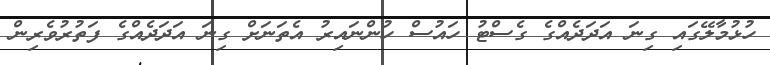
ހުޅުމާލޭގައި ގިނަ އަދަދެއްގެ ގެސްޓު ހައުސް ހުންނައިރު އެތަނަށް ގިނަ އަދަދެއްގެ ފަތުރުވެރިން